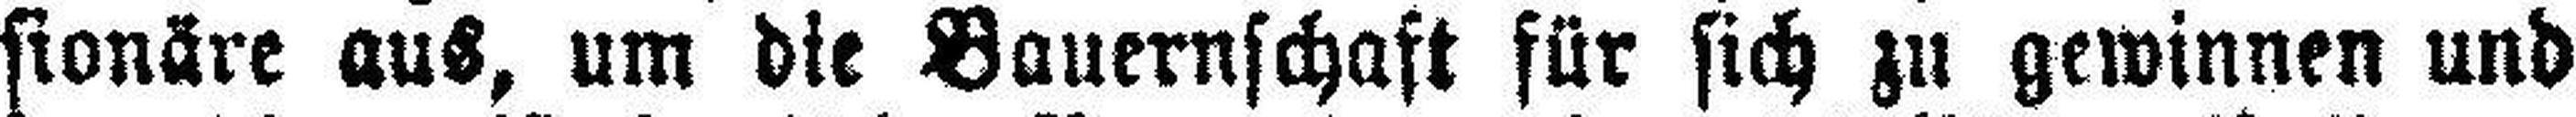
sionäre aus, um die Bauernschaft für sich zu gewinnen und